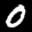
Label: 0